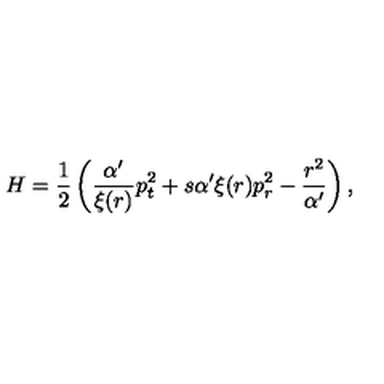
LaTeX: H = \frac { 1 } { 2 } \left( \frac { \alpha ^ { \prime } } { \xi ( r ) } p _ { t } ^ { 2 } + s \alpha ^ { \prime } \xi ( r ) p _ { r } ^ { 2 } - \frac { r ^ { 2 } } { \alpha ^ { \prime } } \right) ,